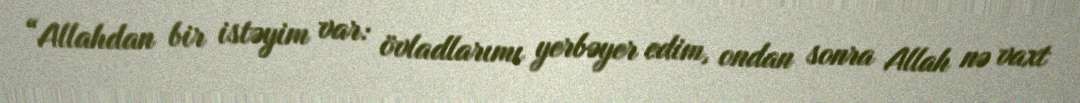
“Allahdan bir istəyim var: övladlarımı yerbəyer edim, ondan sonra Allah nə vaxt